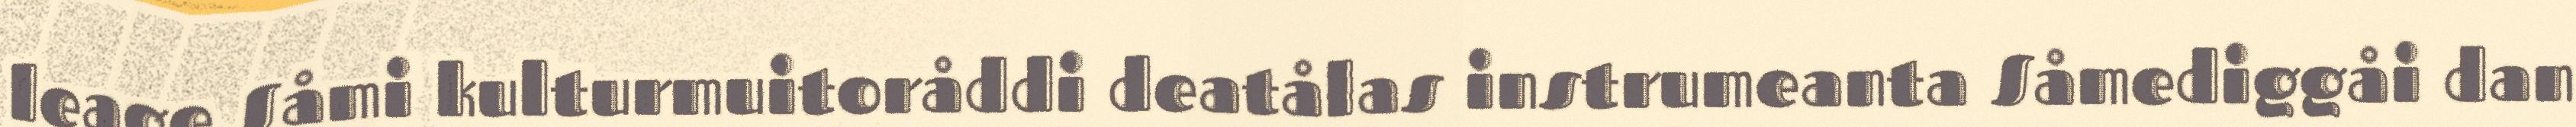
leage Såmi kulturmuitoråddi deatålas instrumeanta Såmediggåi dan